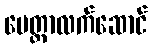
မေတ္တာလက်ဆောင်